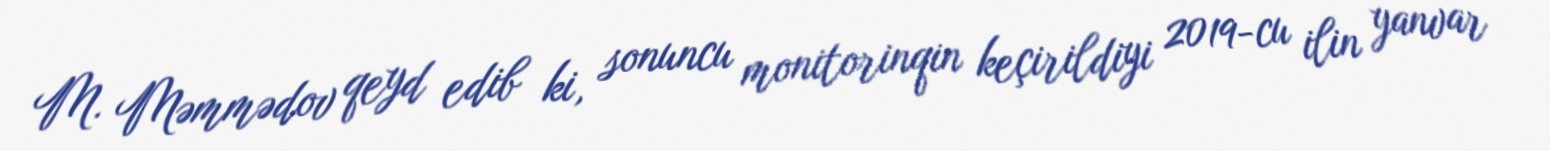
M. Məmmədov qeyd edib ki, sonuncu monitorinqin keçirildiyi 2019-cu ilin yanvar